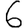
Digit: 6